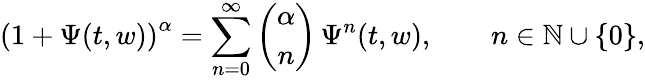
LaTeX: \left(1+\Psi(t,w)\right)^{\alpha}=\sum_{n=0}^{\infty}\left(\begin{array}{c}{\alpha}\\ {n}\end{array}\right)\, \Psi^{n}(t,w),\qquad n\in\mathbb N\cup\{ 0\} ,